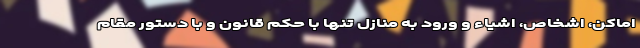
اماکن، اشخاص، اشیاء و ورود به منازل تنها با حکم قانون و با دستور مقام